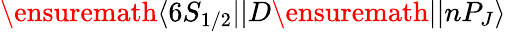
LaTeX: \ensuremath{\langle 6S_{1/2}||}D\ensuremath{||nP_{J}\rangle}